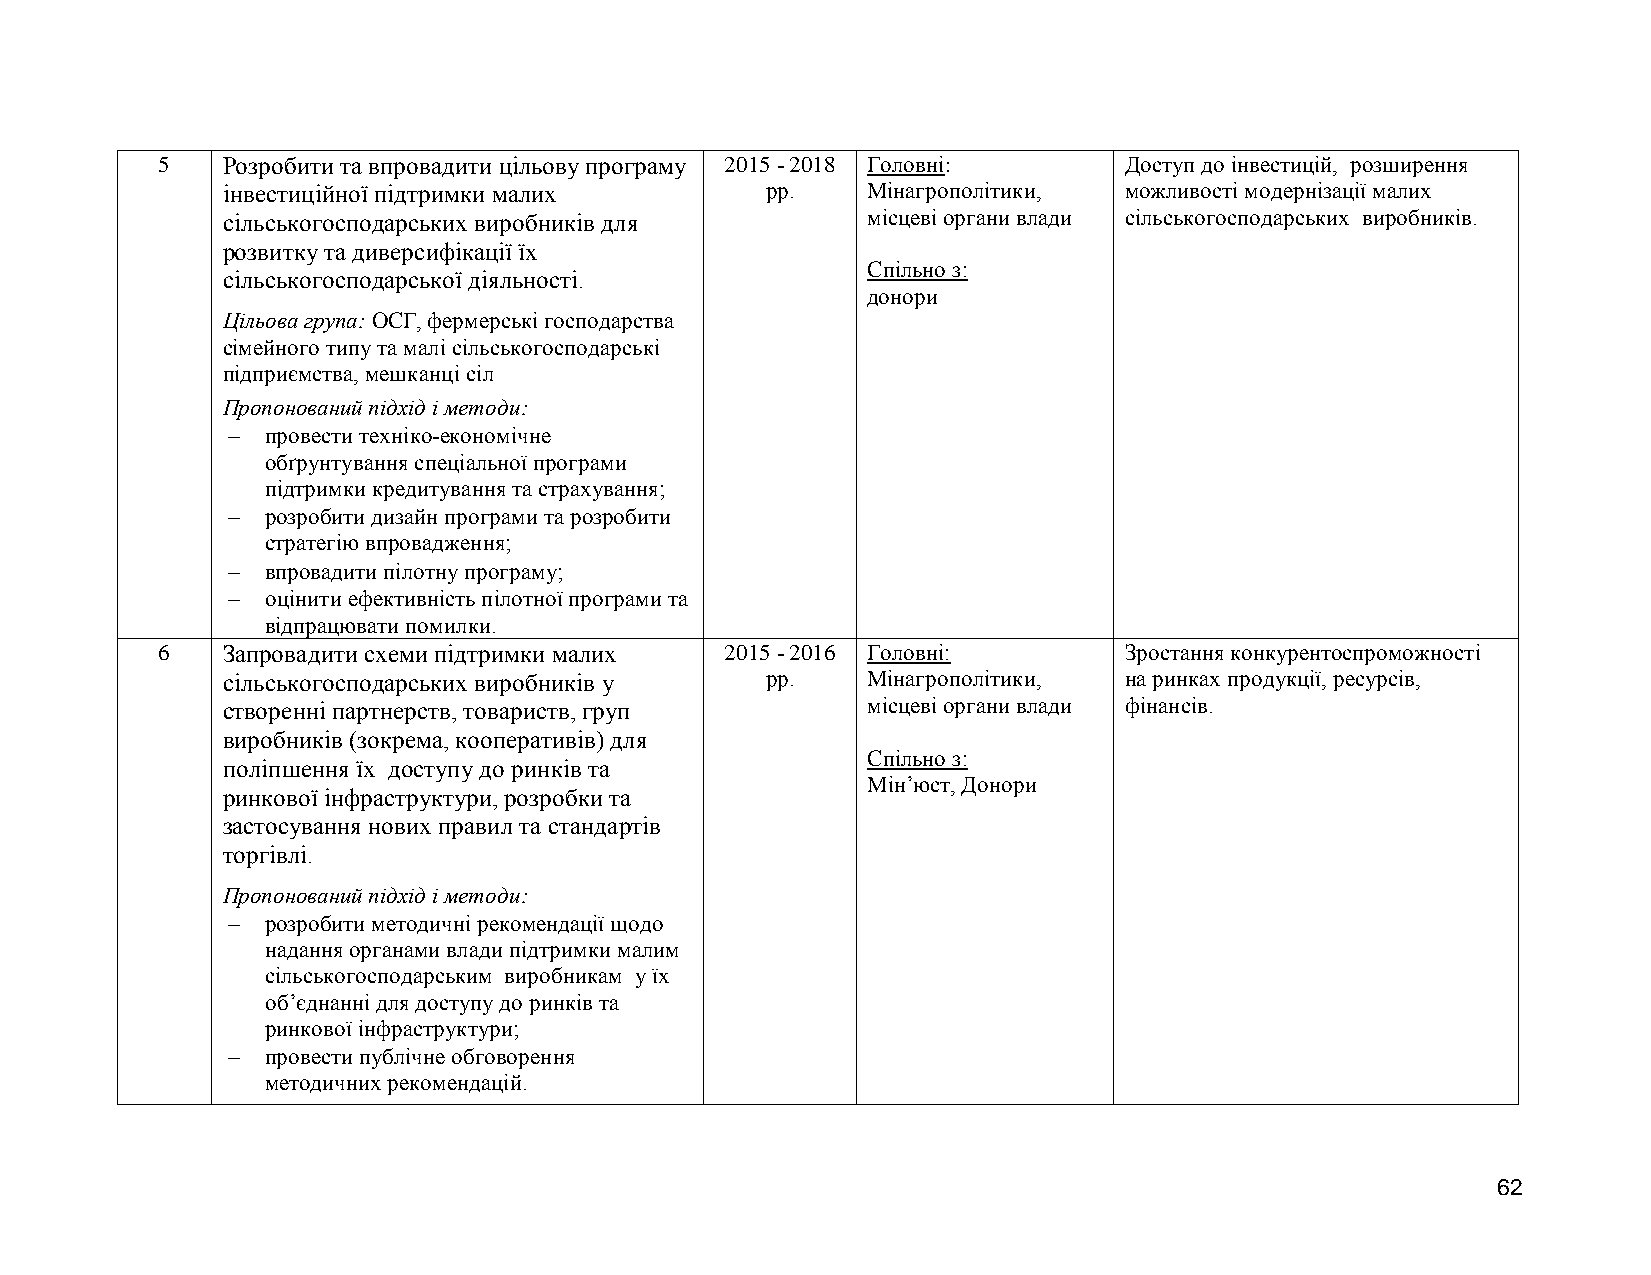
5    Розробити та впровадити цільову програму 2015 - 2018 Головні: Доступ до інвестицій, розширення
 інвестиційної підтримки малих       рр.   Мінагрополітики, можливості модернізації малих
 сільськогосподарських виробників для      місцеві органи влади сільськогосподарських виробників.
 розвитку та диверсифікації їх
 Спільно з:
 сільськогосподарської діяльності.
 донори
 Цільова група: ОСГ, фермерські господарства
 сімейного типу та малі сільськогосподарські
 підприємства, мешканці сіл
 Пропонований підхід і методи:
   провести техніко-економічне
 обґрунтування спеціальної програми
 підтримки кредитування та страхування;
   розробити дизайн програми та розробити
 стратегію впровадження;
   впровадити пілотну програму;
   оцінити ефективність пілотної програми та
 відпрацювати помилки.
 6    Запровадити схеми підтримки малих 2015 - 2016 Головні:     Зростання конкурентоспроможності
 сільськогосподарських виробників у  рр.   Мінагрополітики, на ринках продукції, ресурсів,
 створенні партнерств, товариств, груп     місцеві органи влади фінансів.
 виробників (зокрема, кооперативів) для
 Спільно з:
 поліпшення їх доступу до ринків та
 Мін’юст, Донори
 ринкової інфраструктури, розробки та
 застосування нових правил та стандартів
 торгівлі.
 Пропонований підхід і методи:
   розробити методичні рекомендації щодо
 надання органами влади підтримки малим
 сільськогосподарським виробникам у їх
 об’єднанні для доступу до ринків та
 ринкової інфраструктури;
   провести публічне обговорення
 методичних рекомендацій.
 62